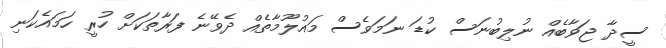
ސީދާ ޖަވާބެއް ނުލިބުނަސް ކުޑަ ނަމަވެސް މައުލޫމާތެއް ދެވޭނެ ފަރާތަކަށް ހުރީ ހަމައެކަނި